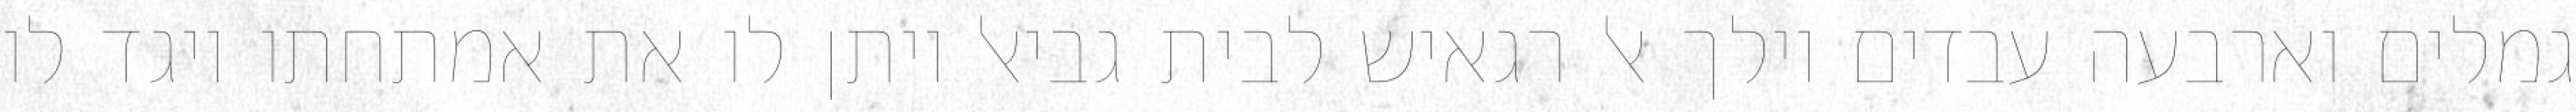
גמלים וארבעה עבדים וילך אל רגאיש לבית גביאל ויתן לו את אמתחתו ויגד לו